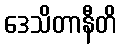
ဒေသိတာနီတိ